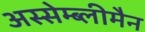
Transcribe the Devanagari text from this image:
अस्सेम्ब्लीमैन